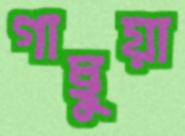
গাছুয়া